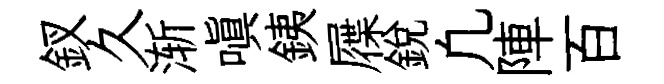
釵久渐嗔銕屧銳凢陣百